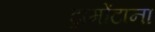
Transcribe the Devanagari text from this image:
ट्रामोंटाना